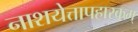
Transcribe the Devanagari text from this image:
नाशयेत्तापहारकम्